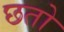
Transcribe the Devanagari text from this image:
छतो